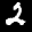
Label: 2